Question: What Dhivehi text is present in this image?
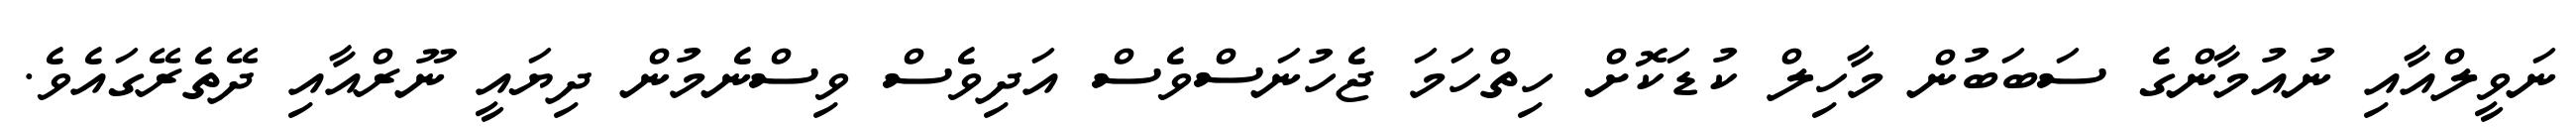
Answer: ނަވީލްއާއި ނުއުމާންގެ ސަބަބުން މާހިލް ކުޑަކޮށް ހިތްހަމަ ޖެހުނަސްވެސް އަދިވެސް ވިސްނެމުން ދިޔައީ ނޫރްއާއި ދޭތެރޭގައެވެ.